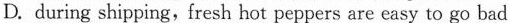
D. during shipping, fresh hot peppers are easy to go bad